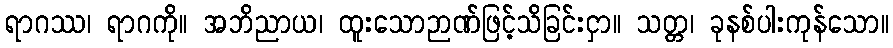
ရာဂဿ၊ ရာဂကို။ အဘိညာယ၊ ထူးသောဉာဏ်ဖြင့်သိခြင်းငှာ။ သတ္တ၊ ခုနစ်ပါးကုန်သော။